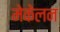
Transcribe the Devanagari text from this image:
मेकेलन